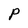
Character: P